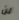
لن